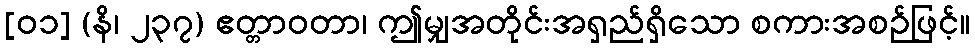
[၀၁] (နိ၊ ၂၃၇) ဧတ္တာဝတာ၊ ဤမျှအတိုင်းအရှည်ရှိသော စကားအစဉ်ဖြင့်။